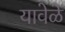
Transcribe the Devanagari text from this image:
यावेळे